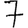
Digit: 7